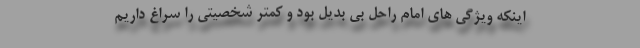
اینکه ویژگی های امام راحل بی بدیل بود و کمتر شخصیتی را سراغ داریم